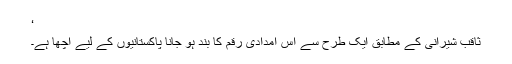
‘
ثاقب شیرانی کے مطابق ایک طرح سے اس امدادی رقم کا بند ہو جانا پاکستانیوں کے لیے اچھا ہے۔